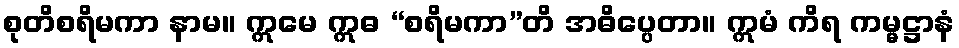
စုတိစရိမကာ နာမ။ ဣမေ ဣဓ “စရိမကာ”တိ အဓိပ္ပေတာ။ ဣမံ ကိရ ကမ္မဋ္ဌာနံ